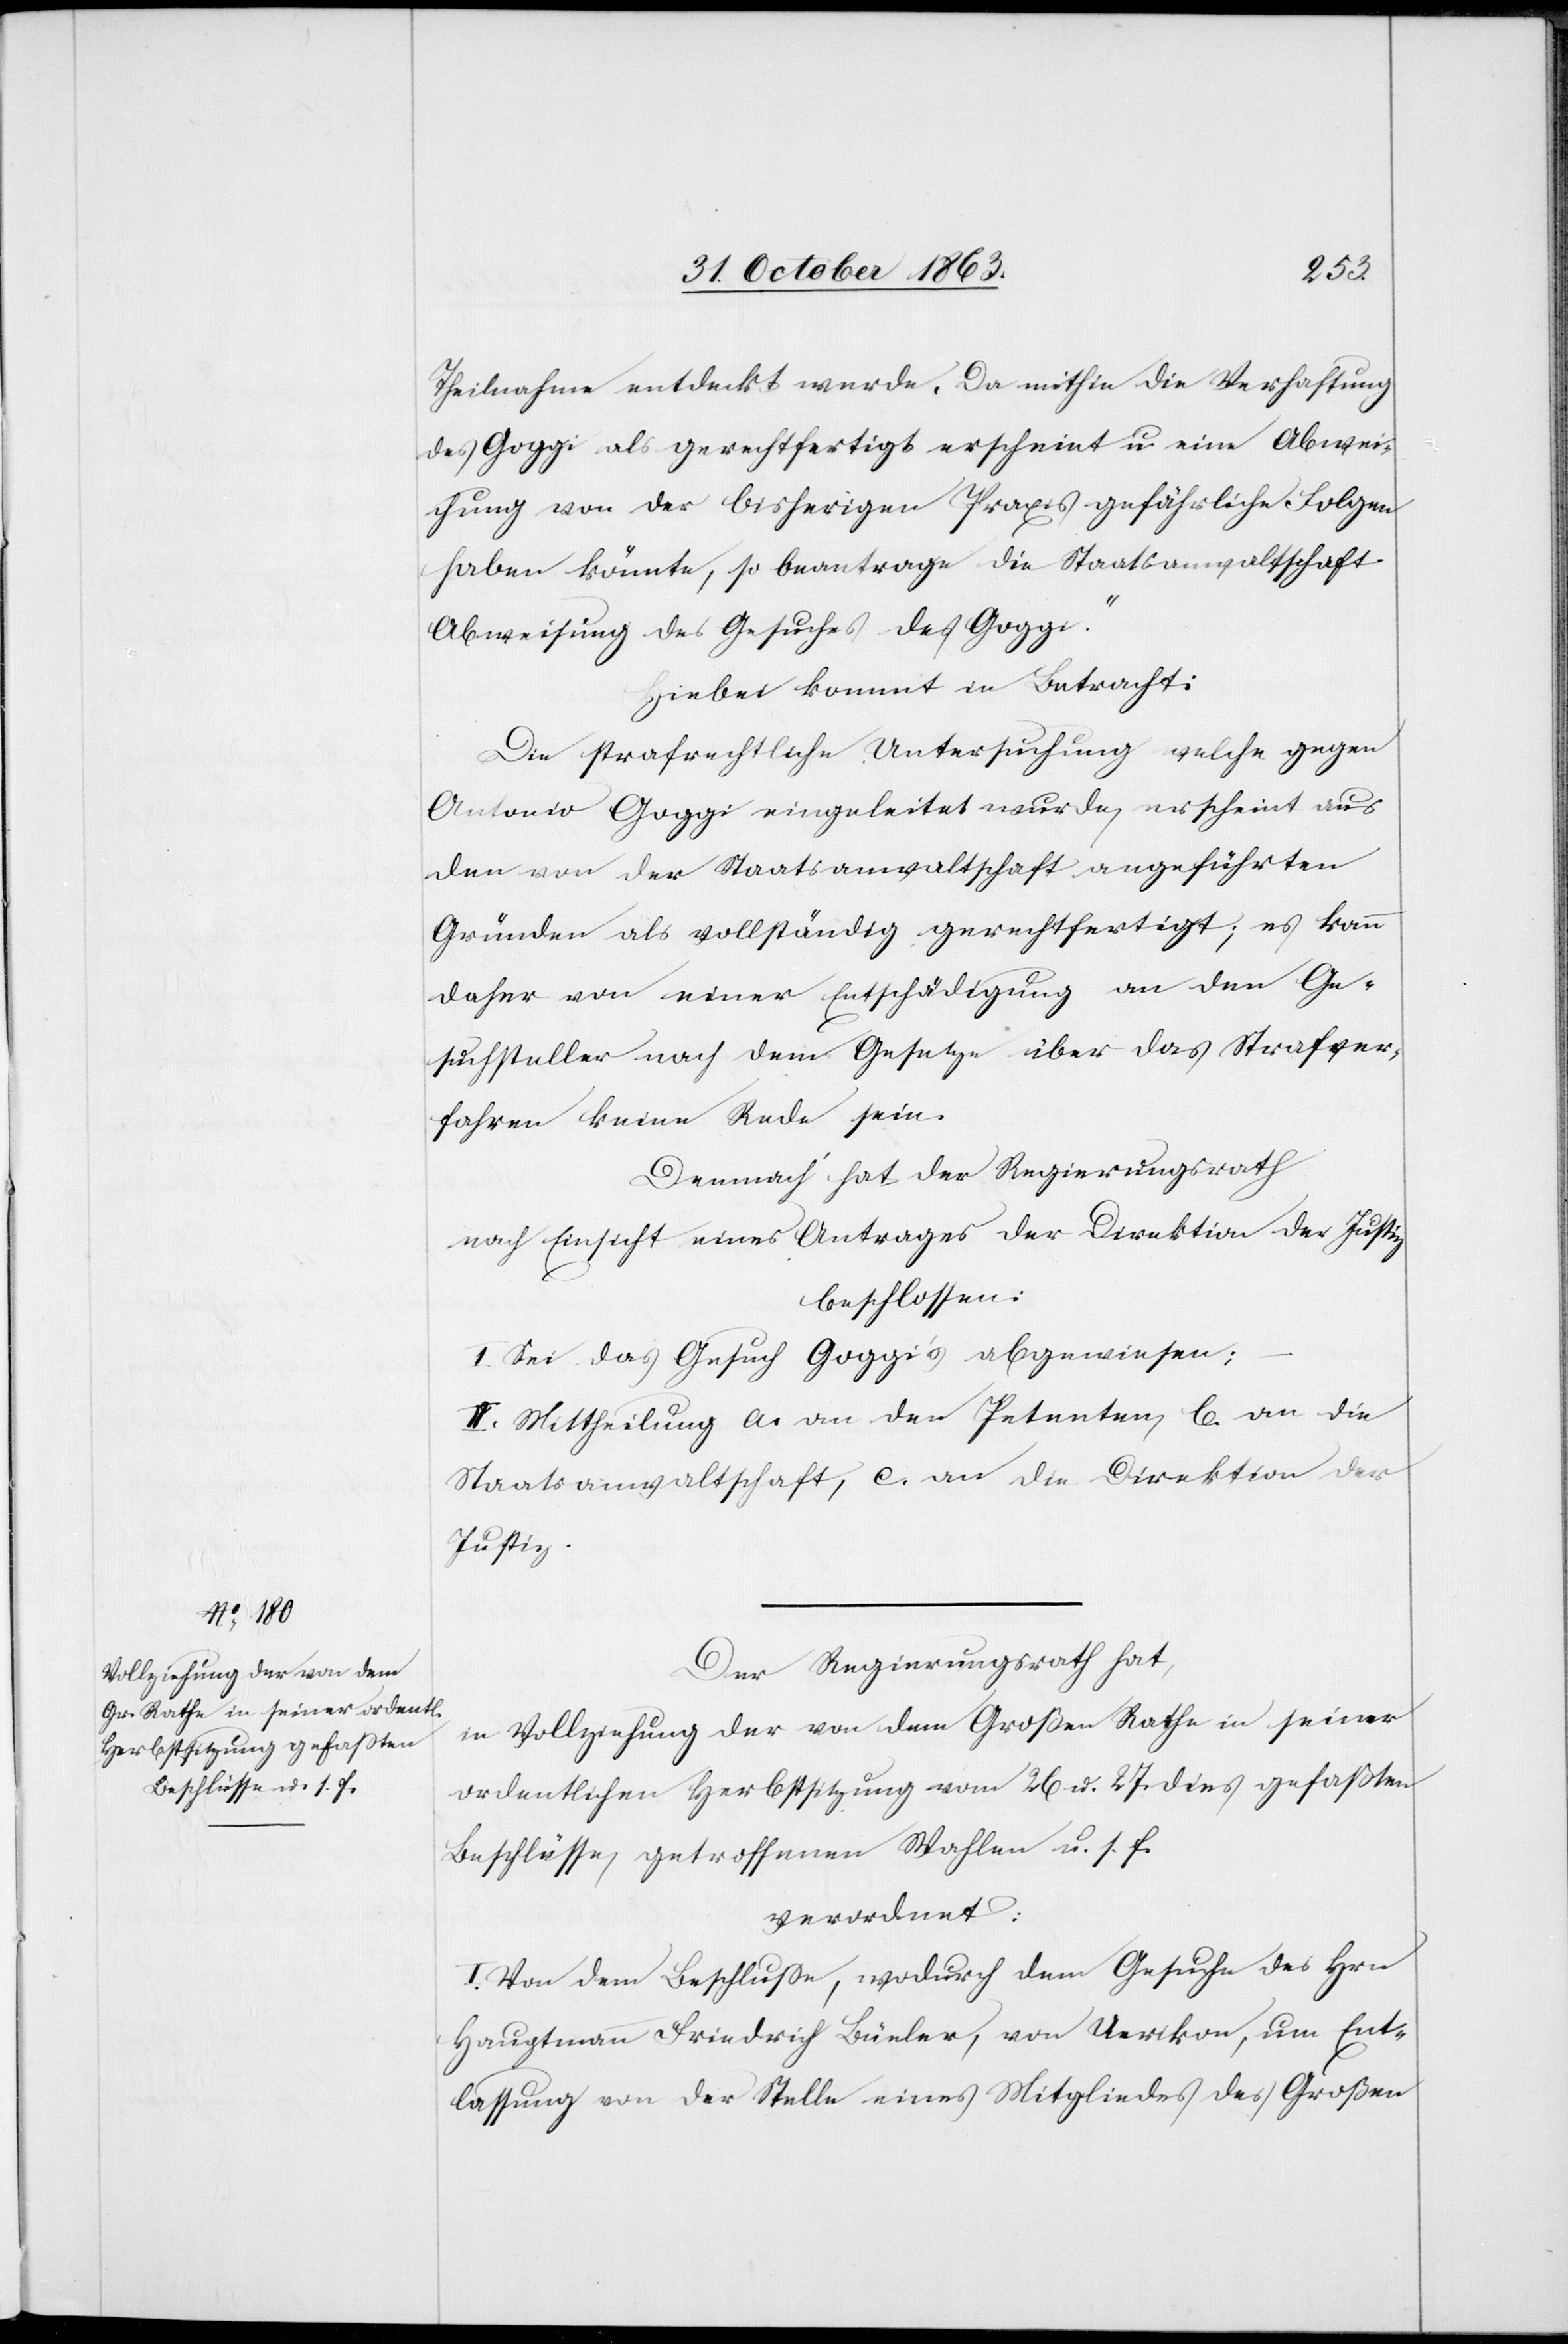
Theilnahme entdeckt werde. Da mithin die Verhaftung
des Goggi als gerechtfertigt erscheint u. eine Abwei¬
chung von der bisherigen Praxis gefährliche Folgen
haben könnte, so beantrage die Staatsanwaltschaft
Abweisung des Gesuches des Goggi.“
Hiebei kommt in Betracht.
Die strafrechtliche Untersuchung welche gegen
Antonio Goggi eingeleitet wurde, erscheint aus
den von der Staatsanwaltschaft angeführten
Gründen als vollständig gerechtfertigt; es kann
daher von einer Entschädigung an den Ge¬
suchsteller nach dem Gesetze über das Strafver¬
fahren keine Rede sein.
Demnach hat der Regierungsrath
nach Einsicht eines Antrages der Direktion der Justiz
beschlossen:
I. Sei das Gesuch Goggi's abgewiesen;
II. Mittheilung a. an den Petenten, b. an die
Staatsanwaltschaft, c. an die Direktion der
Justiz.
Der Regierungsrath hat,
in Vollziehung der von dem Großen Rathe in seiner
ordentlichen Herbstsitzung vom 26. u. 27. dies gefaßten
Beschlüsse, getroffenen Wahlen u. s. f.
verordnet:
I. Von dem Beschlusse, wodurch dem Gesuche des Hrn
Hauptmann Friedrich Büeler, von Uerikon, um Ent¬
lassung von der Stelle eines Mitgliedes des Großen